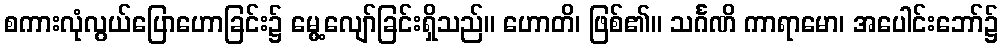
စကားလုံလွယ်ပြောဟောခြင်း၌ မွေ့လျော်ခြင်းရှိသည်။ ဟောတိ၊ ဖြစ်၏။ သင်္ဂဏိ ကာရာမော၊ အပေါင်းဘော်၌